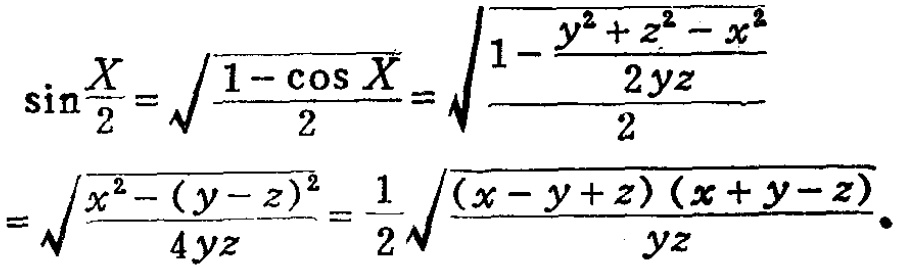
\[\sin\frac{X}{2}=\sqrt{\frac{1 - \cos X}{2}}=\sqrt{\frac{1-\frac{y^{2}+z^{2}-x^{2}}{2yz}}{2}}=\sqrt{\frac{x^{2}-(y - z)^{2}}{4yz}}=\frac{1}{2}\sqrt{\frac{(x - y + z)(x + y - z)}{yz}}.\]